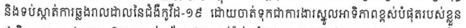
និងទប់ស្កាត់ការឆ្លងរាលដាលនៃជំងឺកូវីដ-១៩ ដោយចាត់ទុកជាការងារស្នូលអាទិភាពខ្ពស់បំផុតរបស់ខ្លួន